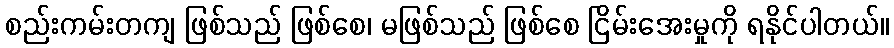
စည်းကမ်းတကျ ဖြစ်သည် ဖြစ်စေ၊ မဖြစ်သည် ဖြစ်စေ ငြိမ်းအေးမှုကို ရနိုင်ပါတယ်။